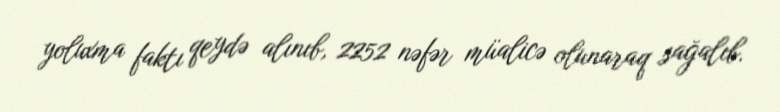
yoluxma faktı qeydə alınıb, 2252 nəfər müalicə olunaraq sağalıb.